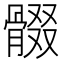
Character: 𩩟